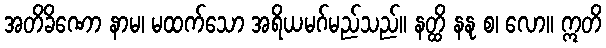
အတိခိဏော နာမ၊ မထက်သော အရိယမဂ်မည်သည်။ နတ္ထိ နနု စ၊ လော။ ဣတိ